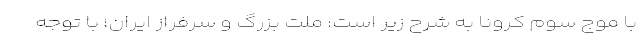
با موج سوم کرونا به شرح زیر است: ملت بزرگ و سرفراز ایران؛ با توجه